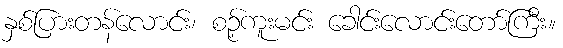
နှစ်ပြားတန်လောင်း၊ စဉ့်ကူးမင်း ခေါင်းလောင်းတော်ကြီး။